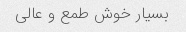
بسیار خوش طمع و عالی